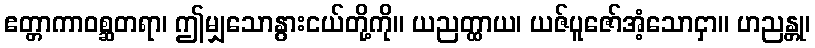
ဧတ္တာကာဝစ္ဆတရာ၊ ဤမျှသောနွားငယ်တို့ကို။ ယညတ္ထာယ၊ ယဇ်ပူဇော်အံ့သောငှာ။ ဟညန္တု၊